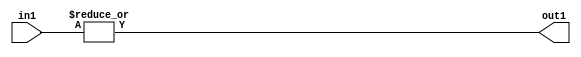
`timescale 1ps / 1ps
/*****************************************************************************
    Verilog RTL Description
    
    
    Created by: Stratus DpOpt 2019.1.01 
*******************************************************************************/

module in_buff_OrReduction_4U_1U_4 (
	in1,
	out1
	); /* architecture "behavioural" */ 
input [3:0] in1;
output  out1;
wire  asc001;

assign asc001 = 
	(|in1);

assign out1 = asc001;
endmodule

/* CADENCE  urXwTQ0= : u9/ySgnWtBlWxVPRXgAZ4Og= ** DO NOT EDIT THIS LINE ******/